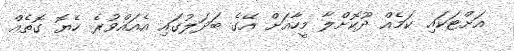
އަށްޓަކައި ކަމެއް ދޫކޮށްލާ މީހާއަށް އޭގެ ބަދަލުގައި އެއައްވުރެ ހެޔޮ ގޮތެއް